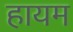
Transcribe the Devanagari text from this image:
हायम